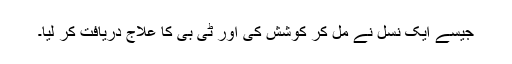
جیسے ایک نسل نے مل کر کوشش کی اور ٹی بی کا علاج دریافت کر لیا۔